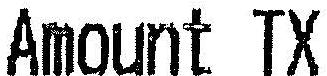
AMOUNT TX